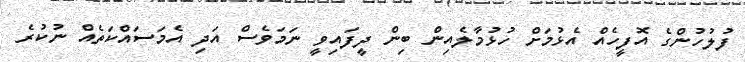
ފުލުހުންގެ އޮފީހެއް އެޅުމަށް ހުޅުމާލެއިން ބިން ދީފައިވީ ނަމަވެސް އަދި އެމަސައްކަތެއް ނުކުރެ